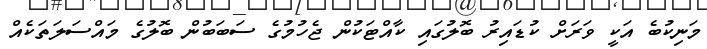
މަނިކުބެ އަކީ ވަރަށް ކުޑައިރު ބޮލުގައި ކާއްޓަކުން ޖެހުމުގެ ސަބަބުން ބޮލުގެ މައްސަލަތަކެއް